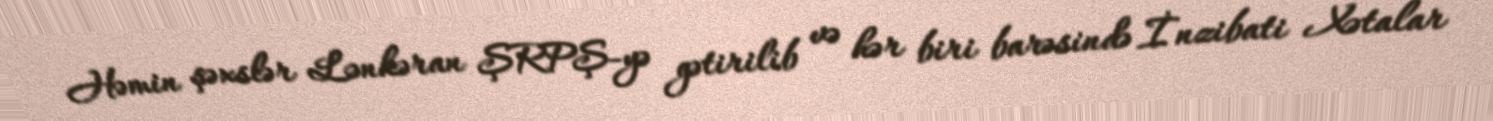
Həmin şəxslər Lənkəran ŞRPŞ-yə gətirilib və hər biri barəsində İnzibati Xətalar